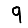
Digit: 9